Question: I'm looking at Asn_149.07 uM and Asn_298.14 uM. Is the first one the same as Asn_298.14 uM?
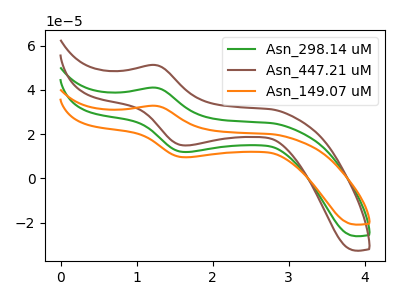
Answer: <think>The green curve "Asn_298.14 uM" has an anodic peak at (1.25V, 40.95uA) and a cathodic peak at (1.65V, 11.90uA). The brown curve "Asn_447.21 uM" has an anodic peak at (1.25V, 81.95uA) and a cathodic peak at (1.65V, 23.75uA). The orange curve "Asn_149.07 uM" has an anodic peak at (1.25V, 32.80uA) and a cathodic peak at (1.65V, 9.50uA).
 All the peaks in "Asn_149.07 uM" have a peak in "Asn_298.14 uM" at the same potential.</think>
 <answer>"Asn_149.07 uM" and "Asn_298.14 uM" are similar in shape.</answer>
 <eval>same_shape</eval>